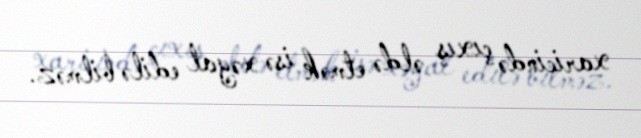
xaricində çıxış əldə etmək isə xəyal edilə bilməz.